Leaving Certificate Examination, 1912. Written examination, 1912
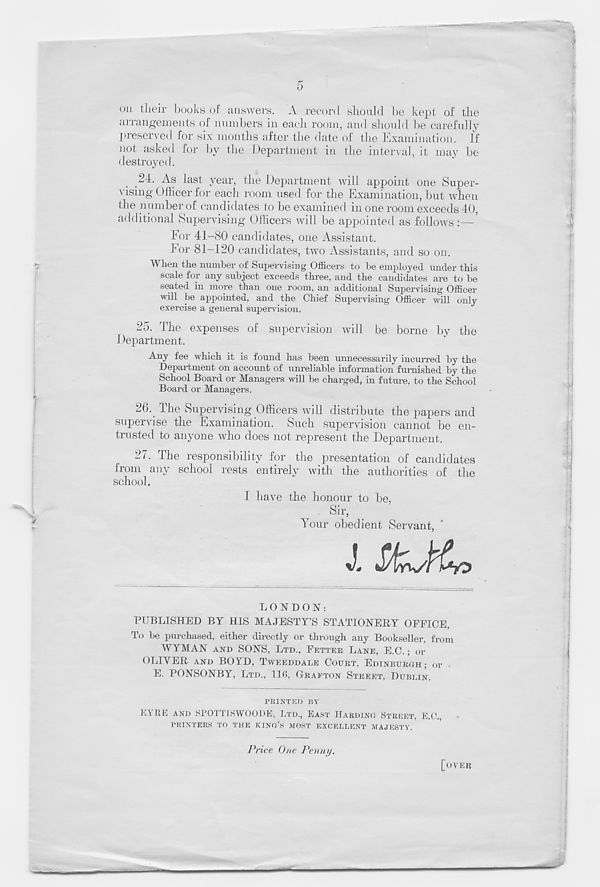
0
Oil their books of answers. A record should be kept of the
arrangements of numbers in each room, and should be carefully
preserved for six months after the date of the Examination. If
not asked for by the Department in the interval, it may be
destroyed.
24. As last year, the Department will appoint one Super-
vising Officer for each room used for the Examination, but when
the number of candidates to be examined in one room exceeds 40,
additional Supervising Officers will be appointed as follows :—
4 or 41-80 candidates, one Assistant.
Eor 81-120 candidates, two Assistants, and so on.
When the number of Supervising Officers to be employed under this
scale for any subject exceeds three, and the candidates are to be
seated in more than one room, an additional Supervising Officer
will be appointed, and the Chief Supervising Officer will only
exercise a general supervision.
25. The expenses of supervision will be borne by the
1 department.
Any fee which it is found has been unnecessarily incurred by the
Department on account of unreliable information furnished by the
School Board or Managers will be charged, in future, to the School
Board or Managers.
26. The Supervising Officers will distribute the papers and
supervise the Examination. Such supervision cannot be en-
trusted to anyone who does not represent the Department.
27. The responsibility for the presentation of candidates
Irom any school rests entirely with the authorities of the
school.
1 have the honour to be,
Sir,
Your obedient Servant,
LONDON:
PUBLISHED BY HIS MAJESTY’S STATIONERY OFFICE,
To be purchased, either directly or through any Bookseller, from
WYMAN AND SONS, LTD., FETTER LANE, E.C.; or
OLIVER AND BOYD, TWEEDDALE COURT. EDINBURGH; or .
E. PONSONBY, LTD., 116, GRAFTON STREET. DUBBIN.
PRINTED BY
EYRE AND SPOTTISWOODE, LTD., EAST HARDING STREET. E.(
PRINTERS TO THE KING’S MOST EXCELLENT MAJESTY.
Price One Penny.
[OVER